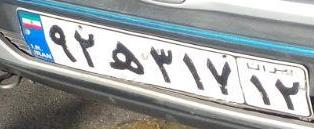
۹۲ه۳۱۷۱۲